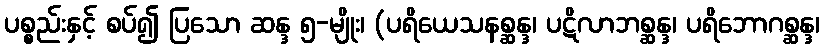
ပစ္စည်းနှင့် စပ်၍ ပြသော ဆန္ဒ ၅-မျိုး၊ (ပရိယေသနစ္ဆန္ဒ၊ ပဋိလာဘစ္ဆန္ဒ၊ ပရိဘောဂစ္ဆန္ဒ၊